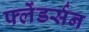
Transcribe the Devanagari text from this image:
फ्लेंडर्सन